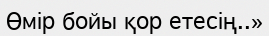
Өмір бойы қор етесің..»